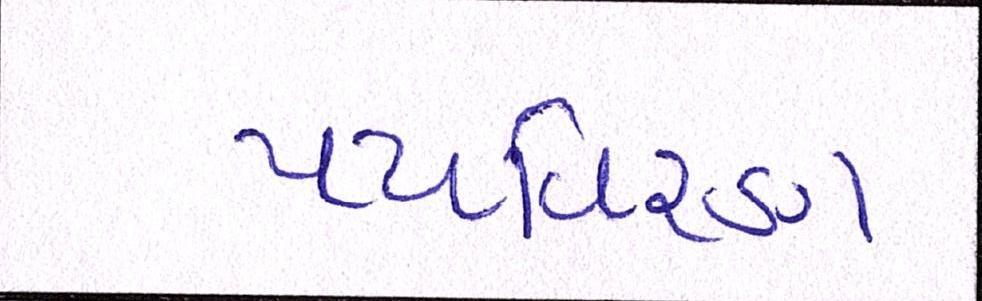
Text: પયર્વિરણ